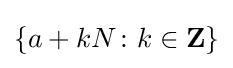
\{a+kN\colon k\in \mathbf {Z} \}